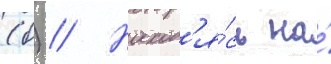
(б) // Наход'я́сь на́